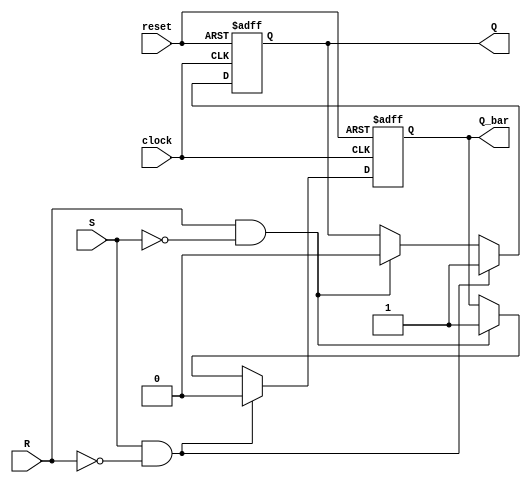
module sr_latch (
    input S,
    input R,
    input clock,
    input reset,
    output reg Q,
    output reg Q_bar
);

// S-R latch behavior
always @(posedge clock or posedge reset) begin
    if (reset) begin
        Q <= 1'b0;
        Q_bar <= 1'b1;
    end else if (S && !R) begin
        Q <= 1'b1;
        Q_bar <= 1'b0;
    end else if (R && !S) begin
        Q <= 1'b0;
        Q_bar <= 1'b1;
    end
end

endmodule